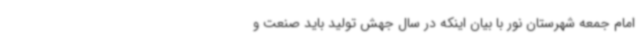
امام جمعه شهرستان نور با بیان اینکه در سال جهش تولید باید صنعت و